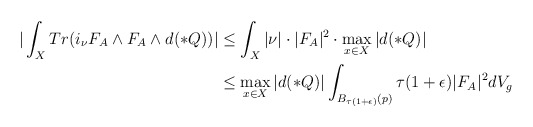
\begin{align*}|\int_{X}Tr(i_{\nu}F_{A}\wedge F_{A}\wedge d(\ast Q))|&\leq\int_{X}|\nu|\cdot|F_{A}|^{2}\cdot\max_{x\in X}|d(\ast{Q})|\\&\leq\max_{x\in X}|d(\ast{Q})|\int_{B_{\tau(1+\epsilon)}(p)}\tau(1+\epsilon)|F_{A}|^{2}dV_{g}\\\end{align*}